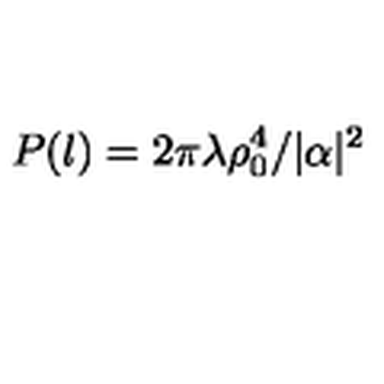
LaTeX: P ( l ) = 2 \pi \lambda \rho _ { 0 } ^ { 4 } / | \alpha | ^ { 2 }